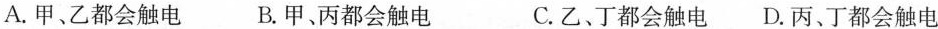
A.甲、乙都会触电 B.甲、丙都会触电 C.乙、丁都会触电 D.丙、丁都会触电